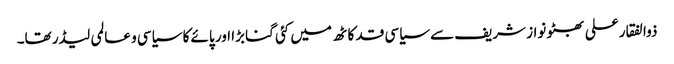
ذوالفقار علی بھٹو نواز شریف سے سیاسی قد کاٹھ میں کئی گنا بڑا اور پائے کا سیاسی و عالمی لیڈر تھا۔